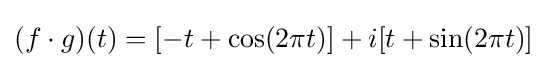
(f\cdot g)(t)=[-t+\cos(2\pi t)]+i[t+\sin(2\pi t)]